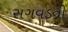
સગવડની